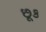
છૂક